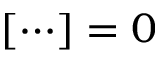
[ \cdots ] = 0